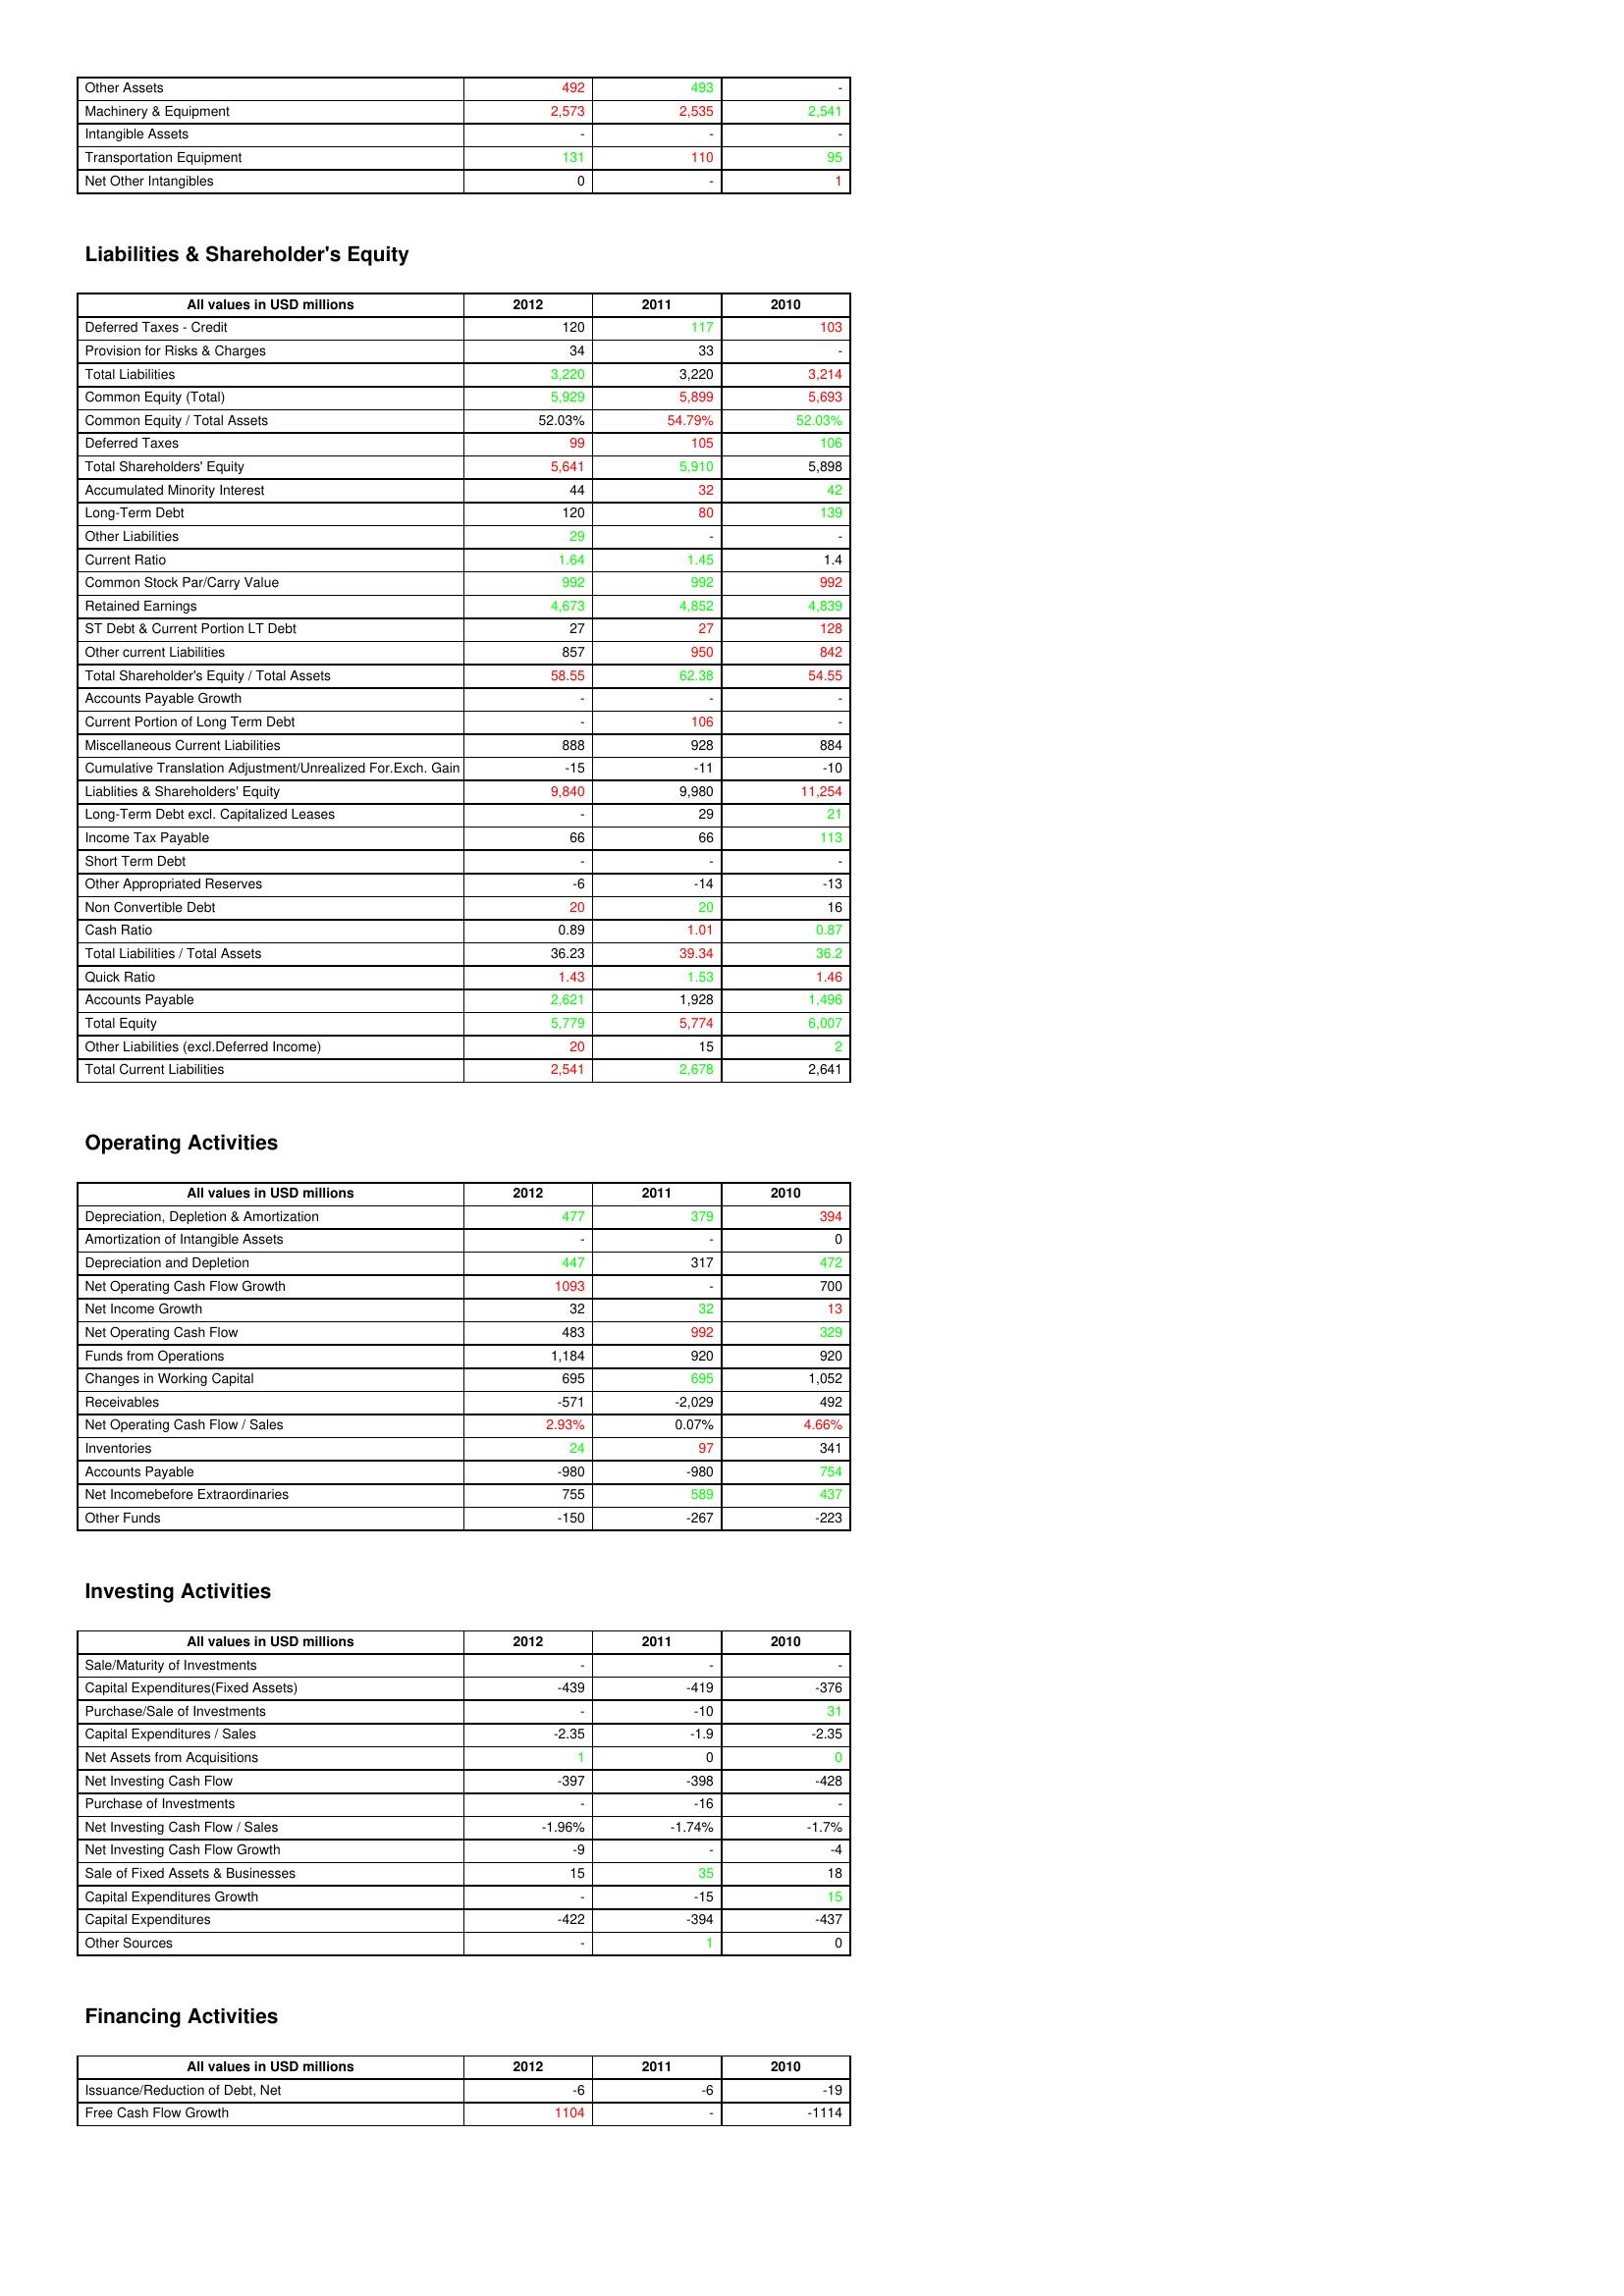
gt_parse: 2012: Assets: Other Assets: 492
Machinery & Equipment: 2,573
Intangible Assets: -
Transportation Equipment: 131
Net Other Intangibles: 0
Liabilities & Shareholder's Equity: Deferred Taxes - Credit: 120
Provision for Risks & Charges: 34
Total Liabilities: 3,220
Common Equity (Total): 5,929
Common Equity / Total Assets: 52.03%
Deferred Taxes: 99
Total Shareholders' Equity: 5,641
Accumulated Minority Interest: 44
Long-Term Debt: 120
Other Liabilities: 29
Current Ratio: 1.64
Common Stock Par/Carry Value: 992
Retained Earnings: 4,673
ST Debt & Current Portion LT Debt: 27
Other current Liabilities: 857
Total Shareholder's Equity / Total Assets: 58.55
Accounts Payable Growth: -
Current Portion of Long Term Debt: -
Miscellaneous Current Liabilities: 888
Cumulative Translation Adjustment/Unrealized For.Exch. Gain: -15
Liablities & Shareholders' Equity: 9,840
Long-Term Debt excl. Capitalized Leases: -
Income Tax Payable: 66
Short Term Debt: -
Other Appropriated Reserves: -6
Non Convertible Debt: 20
Cash Ratio: 0.89
Total Liabilities / Total Assets: 36.23
Quick Ratio: 1.43
Accounts Payable: 2,621
Total Equity: 5,779
Other Liabilities (excl.Deferred Income): 20
Total Current Liabilities: 2,541
Operating Activities: Depreciation, Depletion & Amortization: 477
Amortization of Intangible Assets: -
Depreciation and Depletion: 447
Net Operating Cash Flow Growth: 1093
Net Income Growth: 32
Net Operating Cash Flow: 483
Funds from Operations: 1,184
Changes in Working Capital: 695
Receivables: -571
Net Operating Cash Flow / Sales: 2.93%
Inventories: 24
Accounts Payable: -980
Net Incomebefore Extraordinaries: 755
Other Funds: -150
Investing Activities: Sale/Maturity of Investments: -
Capital Expenditures(Fixed Assets): -439
Purchase/Sale of Investments: -
Capital Expenditures / Sales: -2.35
Net Assets from Acquisitions: 1
Net Investing Cash Flow: -397
Purchase of Investments: -
Net Investing Cash Flow / Sales: -1.96%
Net Investing Cash Flow Growth: -9
Sale of Fixed Assets & Businesses: 15
Capital Expenditures Growth: -
Capital Expenditures: -422
Other Sources: -
Financing Activities: Issuance/Reduction of Debt, Net: -6
Free Cash Flow Growth: 1104
2011: Assets: Other Assets: 493
Machinery & Equipment: 2,535
Intangible Assets: -
Transportation Equipment: 110
Net Other Intangibles: -
Liabilities & Shareholder's Equity: Deferred Taxes - Credit: 117
Provision for Risks & Charges: 33
Total Liabilities: 3,220
Common Equity (Total): 5,899
Common Equity / Total Assets: 54.79%
Deferred Taxes: 105
Total Shareholders' Equity: 5,910
Accumulated Minority Interest: 32
Long-Term Debt: 80
Other Liabilities: -
Current Ratio: 1.45
Common Stock Par/Carry Value: 992
Retained Earnings: 4,852
ST Debt & Current Portion LT Debt: 27
Other current Liabilities: 950
Total Shareholder's Equity / Total Assets: 62.38
Accounts Payable Growth: -
Current Portion of Long Term Debt: 106
Miscellaneous Current Liabilities: 928
Cumulative Translation Adjustment/Unrealized For.Exch. Gain: -11
Liablities & Shareholders' Equity: 9,980
Long-Term Debt excl. Capitalized Leases: 29
Income Tax Payable: 66
Short Term Debt: -
Other Appropriated Reserves: -14
Non Convertible Debt: 20
Cash Ratio: 1.01
Total Liabilities / Total Assets: 39.34
Quick Ratio: 1.53
Accounts Payable: 1,928
Total Equity: 5,774
Other Liabilities (excl.Deferred Income): 15
Total Current Liabilities: 2,678
Operating Activities: Depreciation, Depletion & Amortization: 379
Amortization of Intangible Assets: -
Depreciation and Depletion: 317
Net Operating Cash Flow Growth: -
Net Income Growth: 32
Net Operating Cash Flow: 992
Funds from Operations: 920
Changes in Working Capital: 695
Receivables: -2,029
Net Operating Cash Flow / Sales: 0.07%
Inventories: 97
Accounts Payable: -980
Net Incomebefore Extraordinaries: 589
Other Funds: -267
Investing Activities: Sale/Maturity of Investments: -
Capital Expenditures(Fixed Assets): -419
Purchase/Sale of Investments: -10
Capital Expenditures / Sales: -1.9
Net Assets from Acquisitions: 0
Net Investing Cash Flow: -398
Purchase of Investments: -16
Net Investing Cash Flow / Sales: -1.74%
Net Investing Cash Flow Growth: -
Sale of Fixed Assets & Businesses: 35
Capital Expenditures Growth: -15
Capital Expenditures: -394
Other Sources: 1
Financing Activities: Issuance/Reduction of Debt, Net: -6
Free Cash Flow Growth: -
2010: Assets: Other Assets: -
Machinery & Equipment: 2,541
Intangible Assets: -
Transportation Equipment: 95
Net Other Intangibles: 1
Liabilities & Shareholder's Equity: Deferred Taxes - Credit: 103
Provision for Risks & Charges: -
Total Liabilities: 3,214
Common Equity (Total): 5,693
Common Equity / Total Assets: 52.03%
Deferred Taxes: 106
Total Shareholders' Equity: 5,898
Accumulated Minority Interest: 42
Long-Term Debt: 139
Other Liabilities: -
Current Ratio: 1.4
Common Stock Par/Carry Value: 992
Retained Earnings: 4,839
ST Debt & Current Portion LT Debt: 128
Other current Liabilities: 842
Total Shareholder's Equity / Total Assets: 54.55
Accounts Payable Growth: -
Current Portion of Long Term Debt: -
Miscellaneous Current Liabilities: 884
Cumulative Translation Adjustment/Unrealized For.Exch. Gain: -10
Liablities & Shareholders' Equity: 11,254
Long-Term Debt excl. Capitalized Leases: 21
Income Tax Payable: 113
Short Term Debt: -
Other Appropriated Reserves: -13
Non Convertible Debt: 16
Cash Ratio: 0.87
Total Liabilities / Total Assets: 36.2
Quick Ratio: 1.46
Accounts Payable: 1,496
Total Equity: 6,007
Other Liabilities (excl.Deferred Income): 2
Total Current Liabilities: 2,641
Operating Activities: Depreciation, Depletion & Amortization: 394
Amortization of Intangible Assets: 0
Depreciation and Depletion: 472
Net Operating Cash Flow Growth: 700
Net Income Growth: 13
Net Operating Cash Flow: 329
Funds from Operations: 920
Changes in Working Capital: 1,052
Receivables: 492
Net Operating Cash Flow / Sales: 4.66%
Inventories: 341
Accounts Payable: 754
Net Incomebefore Extraordinaries: 437
Other Funds: -223
Investing Activities: Sale/Maturity of Investments: -
Capital Expenditures(Fixed Assets): -376
Purchase/Sale of Investments: 31
Capital Expenditures / Sales: -2.35
Net Assets from Acquisitions: 0
Net Investing Cash Flow: -428
Purchase of Investments: -
Net Investing Cash Flow / Sales: -1.7%
Net Investing Cash Flow Growth: -4
Sale of Fixed Assets & Businesses: 18
Capital Expenditures Growth: 15
Capital Expenditures: -437
Other Sources: 0
Financing Activities: Issuance/Reduction of Debt, Net: -19
Free Cash Flow Growth: -1114